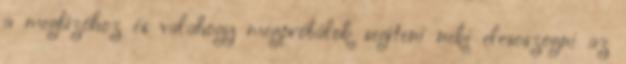
a megbízóhoz és valahogy megpróbálok segíteni neki elcsoszogni az